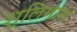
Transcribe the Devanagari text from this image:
श्लिमान